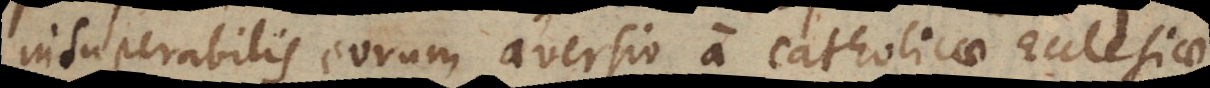
insuperabilis eorum aversio a catholicae Ecclesiae